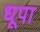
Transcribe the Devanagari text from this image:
धूपा